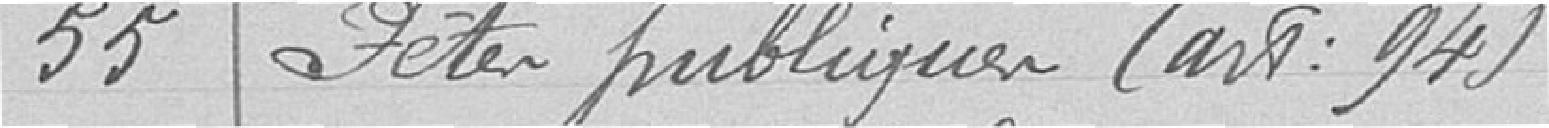
55 Fêtes  publiques (art : 94)